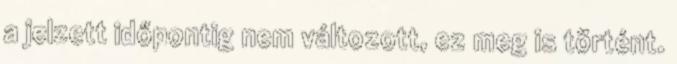
a jelzett időpontig nem változott, ez meg is történt.